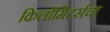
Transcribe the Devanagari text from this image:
किलोमिटर्सचा